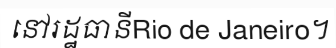
នៅរដ្ឋធានីRio de Janeiro។